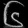
Digit: ၆